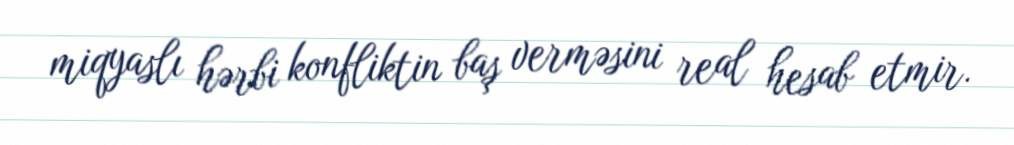
miqyaslı hərbi konfliktin baş verməsini real hesab etmir.